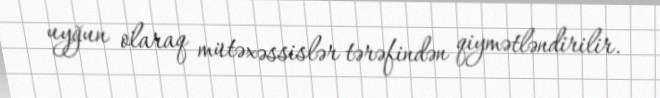
uyğun olaraq mütəxəssislər tərəfindən qiymətləndirilir.